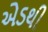
એડથી